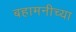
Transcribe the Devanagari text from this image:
बहामनीच्या